Annual report on the working of the mental hospitals in the Madras Presidency - 1912-1932
Year: 1912
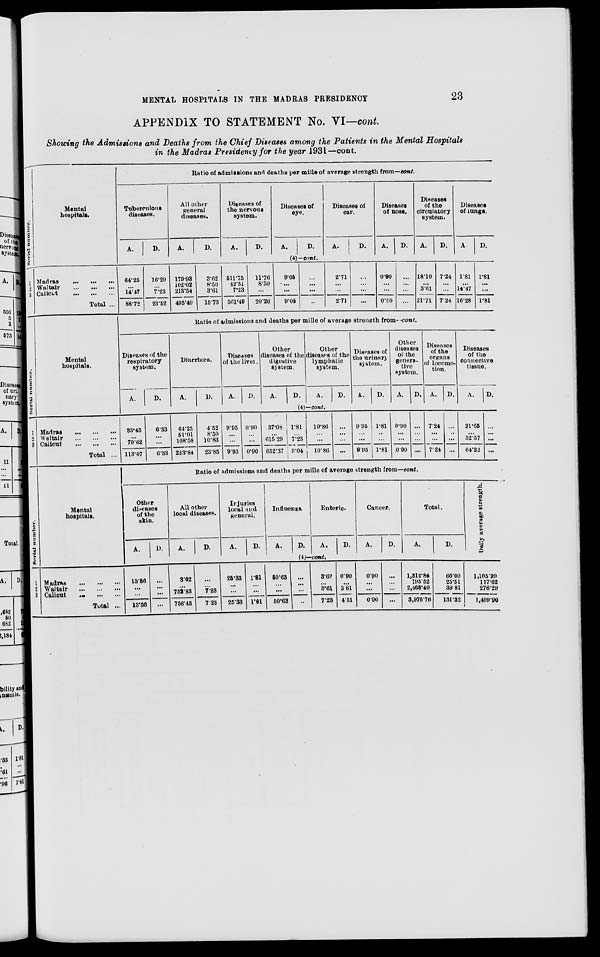
MENTAL HOSPITALS IN THE MADRAS PRESIDENCY
23
APPENDIX TO STATEMENT No. VI—cont.
Showing the Admissions and Deaths from the Chief Diseases among the Patients in the Mental Hospitals
in the Madras Presidency for the year 1931—cont.
Serial
number.
1
2
3
Mental
hospitals.
Madras ... ... ...
Waltair
...
... ...
Calicut
...
...
...
Total ...
Ratio of admissions and deaths per mille of average strength from—cont.
Tuberculous
diseases.
A.
D.
All other
general
diseases.
A.
D.
Diseases of
the nervous
system.
A.
D.
Diseases of
eye.
A.
D.
Diseases of
ear.
A.
D.
Diseases
of nose.
A.
D.
Diseases
of the
circulatory
system.
A.
D.
Diseases
of lungs.
A.
D.
(4)—cont.
64.25
...
14.47
88.72
16.29
...
7.23
23.52
179.93
102.02
213.54
495.49
3.62
8.50
3.61
15.73
511.75
42.51
7.23
561.49
11.76
8.50
...
20.26
9.05
...
...
9.05
...
...
...
...
2.71
...
...
2.71
...
...
...
...
0.90
...
...
0.90
...
...
...
...
18.10
...
3.61
21.71
7.24
...
...
7.24
1.81
...
14.47
16.28
1.81
...
...
1.81
Serial number.
1
2
3
Mental
hospitals.
Madras ... ... ...
Walteir ... ... ...
Calicut
...
...
..
Total ...
Ratio of admissions and deaths per mille of average strength from- cont.
Diseases of the
respiratory
system,
A.
D.
Diarrnœa.
A.
D.
Diseases
of the liver.
A.
D.
Other
diseases of the
digestive
system.
A.
D.
Other
diseases of the
lymphatic
system.
A.
D.
Diseases of
the urinary
system.
A.
D.
Other
diseases
of the
genera-
tive
system.
A.
D.
Diseases
of the
organs
of locomo-
tion.
A.
D.
Diseases
of the
connective
tissue.
A.
D.
(4)—cont.
33.45
...
79.62
113.07
6.33
...
...
6.33
64.25
51.01
108.58
223.84
4.52
8.50
10.83
23.85
9.95
...
...
995
0.90
...
...
0.90
37.08
...
615.29
652.37
1.81
...
7.23
9.04
10.86
...
...
10.86
...
...
...
...
9.95
...
...
9.95
1.81
...
...
1.81
0.90
...
...
0.90
...
...
...
...
7.24
...
...
7.24
...
...
...
...
31.65
...
32.57
64.22
...
...
...
...
Serial number.
1
2
3
Mental
hospitals.
Madras ... ... ...
Waltair ... ... ...
Calicut
...
...
...
Total ...
Ratio of admissions and deaths per mille of average strength from—cont.
Other
diseases
of the
skin.
A.
D.
All other
local diseases.
A.
D.
Injuries
local and
general.
A.
D.
Influenza
A.
D.
Enteric.
A.
D.
Cancer.
A.
D.
Total.
A.
D.
(4)––cont.
13.56
...
...
13.56
...
. ..
. ..
...
3.62
...
752.83
756.45
...
...
7.23
7 23
25.33
...
...
25.33
1.81
...
...
1.81
50.63
...
...
50.63
...
...
...
...
3.62
...
3.61
7.23
0.90
...
3.61
4.51
0.90
...
...
0.90
...
...
...
...
1,312.84
195.52
2,468.40
3,976.76
66.00
25.51
39.81
131.32
Daily
average strength.
1,105.99
117.62
276.29
1,499.90